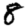
Digit: 8